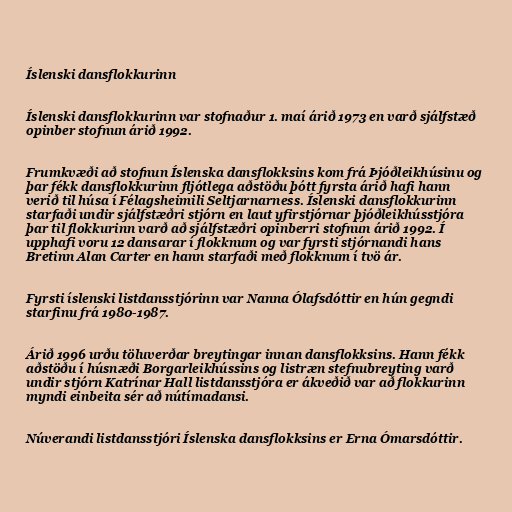
Íslenski dansflokkurinn

Íslenski dansflokkurinn var stofnaður 1. maí árið 1973 en varð sjálfstæð
opinber stofnun árið 1992.

Frumkvæði að stofnun Íslenska dansflokksins kom frá Þjóðleikhúsinu og
þar fékk dansflokkurinn fljótlega aðstöðu þótt fyrsta árið hafi hann
verið til húsa í Félagsheimili Seltjarnarness. Íslenski dansflokkurinn
starfaði undir sjálfstæðri stjórn en laut yfirstjórnar þjóðleikhússtjóra
þar til flokkurinn varð að sjálfstæðri opinberri stofnun árið 1992. Í
upphafi voru 12 dansarar í flokknum og var fyrsti stjórnandi hans
Bretinn Alan Carter en hann starfaði með flokknum í tvö ár.

Fyrsti íslenski listdansstjórinn var Nanna Ólafsdóttir en hún gegndi
starfinu frá 1980-1987.

Árið 1996 urðu töluverðar breytingar innan dansflokksins. Hann fékk
aðstöðu í húsnæði Borgarleikhússins og listræn stefnubreyting varð
undir stjórn Katrínar Hall listdansstjóra er ákveðið var að flokkurinn
myndi einbeita sér að nútímadansi.

Núverandi listdansstjóri Íslenska dansflokksins er Erna Ómarsdóttir.